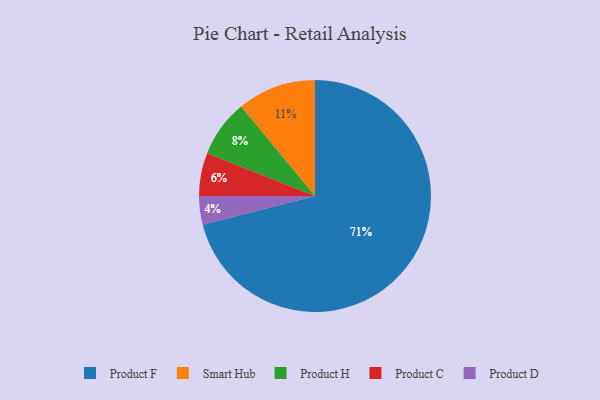
{"axis": {"x": "Category", "y": "Percentage"}, "legend": ["Product C", "Product D", "Product F", "Product H", "Smart Hub"], "data": [{"x": "Product D", "y": 4, "type": "Product D"}, {"x": "Smart Hub", "y": 11, "type": "Smart Hub"}, {"x": "Product F", "y": 71, "type": "Product F"}, {"x": "Product H", "y": 8, "type": "Product H"}, {"x": "Product C", "y": 6, "type": "Product C"}]}